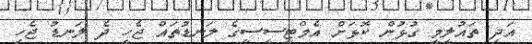
އަދި ތައުލީމީ ގުޅުން ކޮޅަށް އެމްޓީސީސީގެ ލަނޑުތައް ޖެހީ ދެ ލަނޑު ޖެހި